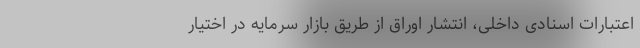
اعتبارات اسنادی داخلی، انتشار اوراق از طریق بازار سرمایه در اختیار